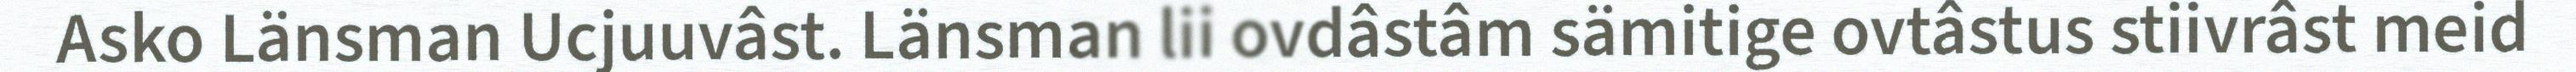
Asko Länsman Ucjuuvâst. Länsman lii ovdâstâm sämitige ovtâstus stiivrâst meid